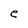
Character: e